Medical and sanitary report on the native army of Bombay for the year
Year: 1878
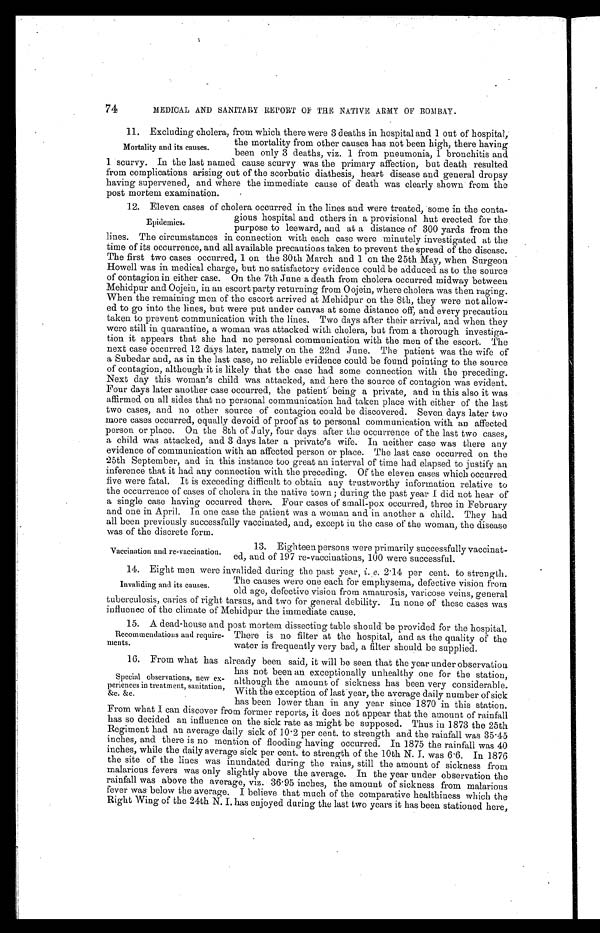
74
MEDICAL AND SANITARY REPORT OF THE NATIVE ARMY OF BOMBAY.
11. Excluding cholera, from which there were 3 deaths in hospital and 1 out of
hospital, the mortality from other causes has not been high, there having
been only 3 deaths, viz. 1 from pneumonia, 1 bronchitis and
1 scurvy. In the last named cause scurvy was the primary affection, but death resulted
from complications arising out of the scorbutic diathesis, heart disease and general dropsy
having supervened, and where the immediate cause of death was clearly shown from the
post mortem examination.
12. Eleven cases of cholera occurred in the lines and were treated, some in the conta-
gious hospital and others in a provisional hut erected for the
purpose to leeward, and at a distance of 300 yards from the
lines. The circumstances in connection with each case were minutely investigated at the
time of its occurrence, and all available precautions taken to prevent the spread of the disease.
The first two cases occurred, 1 on the 30th March and 1 on the 25th May, when Surgeon
Howell was in medical charge, but no satisfactory evidence could be adduced as to the source
of contagion in either case. On the 7th June a death from cholera occurred midway between
Mehidpur and Oojein, in an escort party returning from Oojein, where cholera was then raging.
When the remaining men of the escort arrived at Mehidpur on the 8th, they were not allow
- e d t o g o i n t o t h e l i n e s , b u t w e r e p u t u n d e r c a n v a s a t s o m e d i s t a n c e o f f , a n d e v e r y p r e c a u t i o n
taken to prevent communication with the lines. Two days after their arrival, and when they
were still in quarantine, a woman was attacked with cholera, but from a thorough investiga-
- t i o n i t a p p e a r s t h a t s h e h a d n o p e r s o n a l c o m m u n i c a t i o n w i t h t h e m e n o f t h e e s c o r t . T h e
next case occurred 12 days later, namely on the 22nd June. The patient was the wife of
a Subedar and, as in the last case, no reliable evidence could be found pointing to the source
of contagion, although it is likely that the case had some connection with the preceding.
Next day this woman's child was attacked, and here the source of contagion was evident.
Four days later another case occurred, the patient being a private, and in this also it was
affirmed on all sides that no personal communication had taken place with either of the last
two cases, and no other source of contagion could be discovered. Seven days later two
more cases occurred, equally devoid of proof as to personal communication with an affected
person or place. On the 8th of July, four days after the occurrence of the last two cases,
a child was attacked, and 3 days later a private's wife. In neither case was there any
evidence of communication with an affected person or place. The last case occurred on the
25th September, and in this instance too great an interval of time had elapsed to justify an
inference that it had any connection with the preceding. Of the eleven cases which occurred
five were fatal. It is exceeding difficult to obtain any trustworthy information relative to
the occurrence of cases of cholera in the native town; during the past year I did not hear of
a single case having occurred there. Four cases of small-pox occurred, three in February
and one in April. In one case the patient was a woman and in another a child. They had
all been previously successfully vaccinated, and, except in the case of the woman, the disease
was of the discrete form.
13. Eighteen persons were primarily successfully vaccinat--
ed, and of 197 re-vaccinations, 100 were successful.
14. Eight men were invalided during the past year, i. e. 2.14 per cent. to strength.
The causes were one each for emphysema, defective vision from
old age, defective vision from amaurosis, varicose veins, general
tuberculosis, caries of right tarsus, and two for general debility. In none of these cases was
influence of the climate of Mehidpur the immediate cause.
15. A dead-house and post mortem dissecting table should be provided for the hospital.
There is no filter at the hospital, and as the quality of the
water is frequently very bad, a filter should be supplied.
16. From what has already been said, it will be seen that the year under observation
has not been an exceptionally unhealthy one for the station,
although the amount of sickness has been very considerable.
With the exception of last year, the average daily number of sick
has been lower than in any year since 1870 in this station.
From what I can discover from former reports, it does not appear that the amount of rainfall
has so decided an influence on the sick rate as might be supposed. Thus in 1873 the 25th
Regiment had an average daily sick of 10.2 per cent. to strength and the rainfall was 35.45
inches, and there is no mention of flooding having occurred. In 1875 the rainfall was 40
inches, while the daily average sick per cent. to strength of the 10th N. J. was 6.6. In 1876
the site of the lines was inundated during the rains, still the amount of sickness from
malarious fevers was only slightly above the average. In the year under observation the
rainfall was above the average, viz. 36.95 inches, the amount of sickness from malarious
fever was below the average. I believe that much of the comparative healthiness which the
Right Wing of the 24th N. I. has enjoyed during the last two years it has been stationed here,
Mortality and its causes.
Epidemics.
Vaccination and re-vaccination.
Invaliding and its causes.
Recommendations and require-
-ments.
Special observations, new ex-
- p e r i e n c e s i n t r e a t m e n t , s a n i t a t i o n ,
&c. &c.